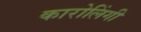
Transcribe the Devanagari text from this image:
कारोलिंगी